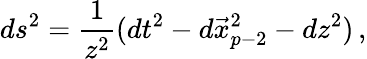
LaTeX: ds^{2}=\frac{1}{z^{2}}(dt^{2}-d\vec{x}_{p-2}^{2}-dz^{2})\, ,